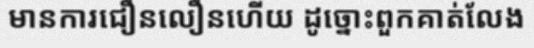
មានការជឿនលឿនហើយ ដូច្នោះពួកគាត់លែង